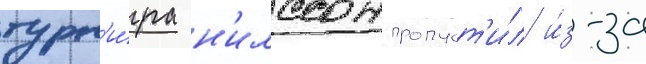
турн'и́ра н'илссон пропуст'и́л и́з-за